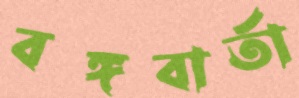
বঙ্গবার্তা